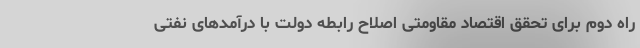
راه دوم برای تحقق اقتصاد مقاومتی اصلاح رابطه دولت با درآمدهای نفتی